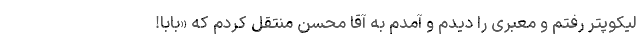
لیکوپتر رفتم و معبری را دیدم و آمدم به آقا محسن منتقل کردم که «بابا!